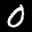
Label: 0